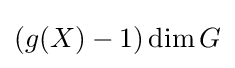
(g(X)-1)\dim G